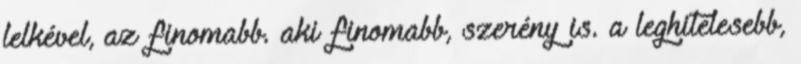
lelkével, az finomabb. aki finomabb, szerény is. a leghitelesebb,